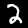
Label: 2